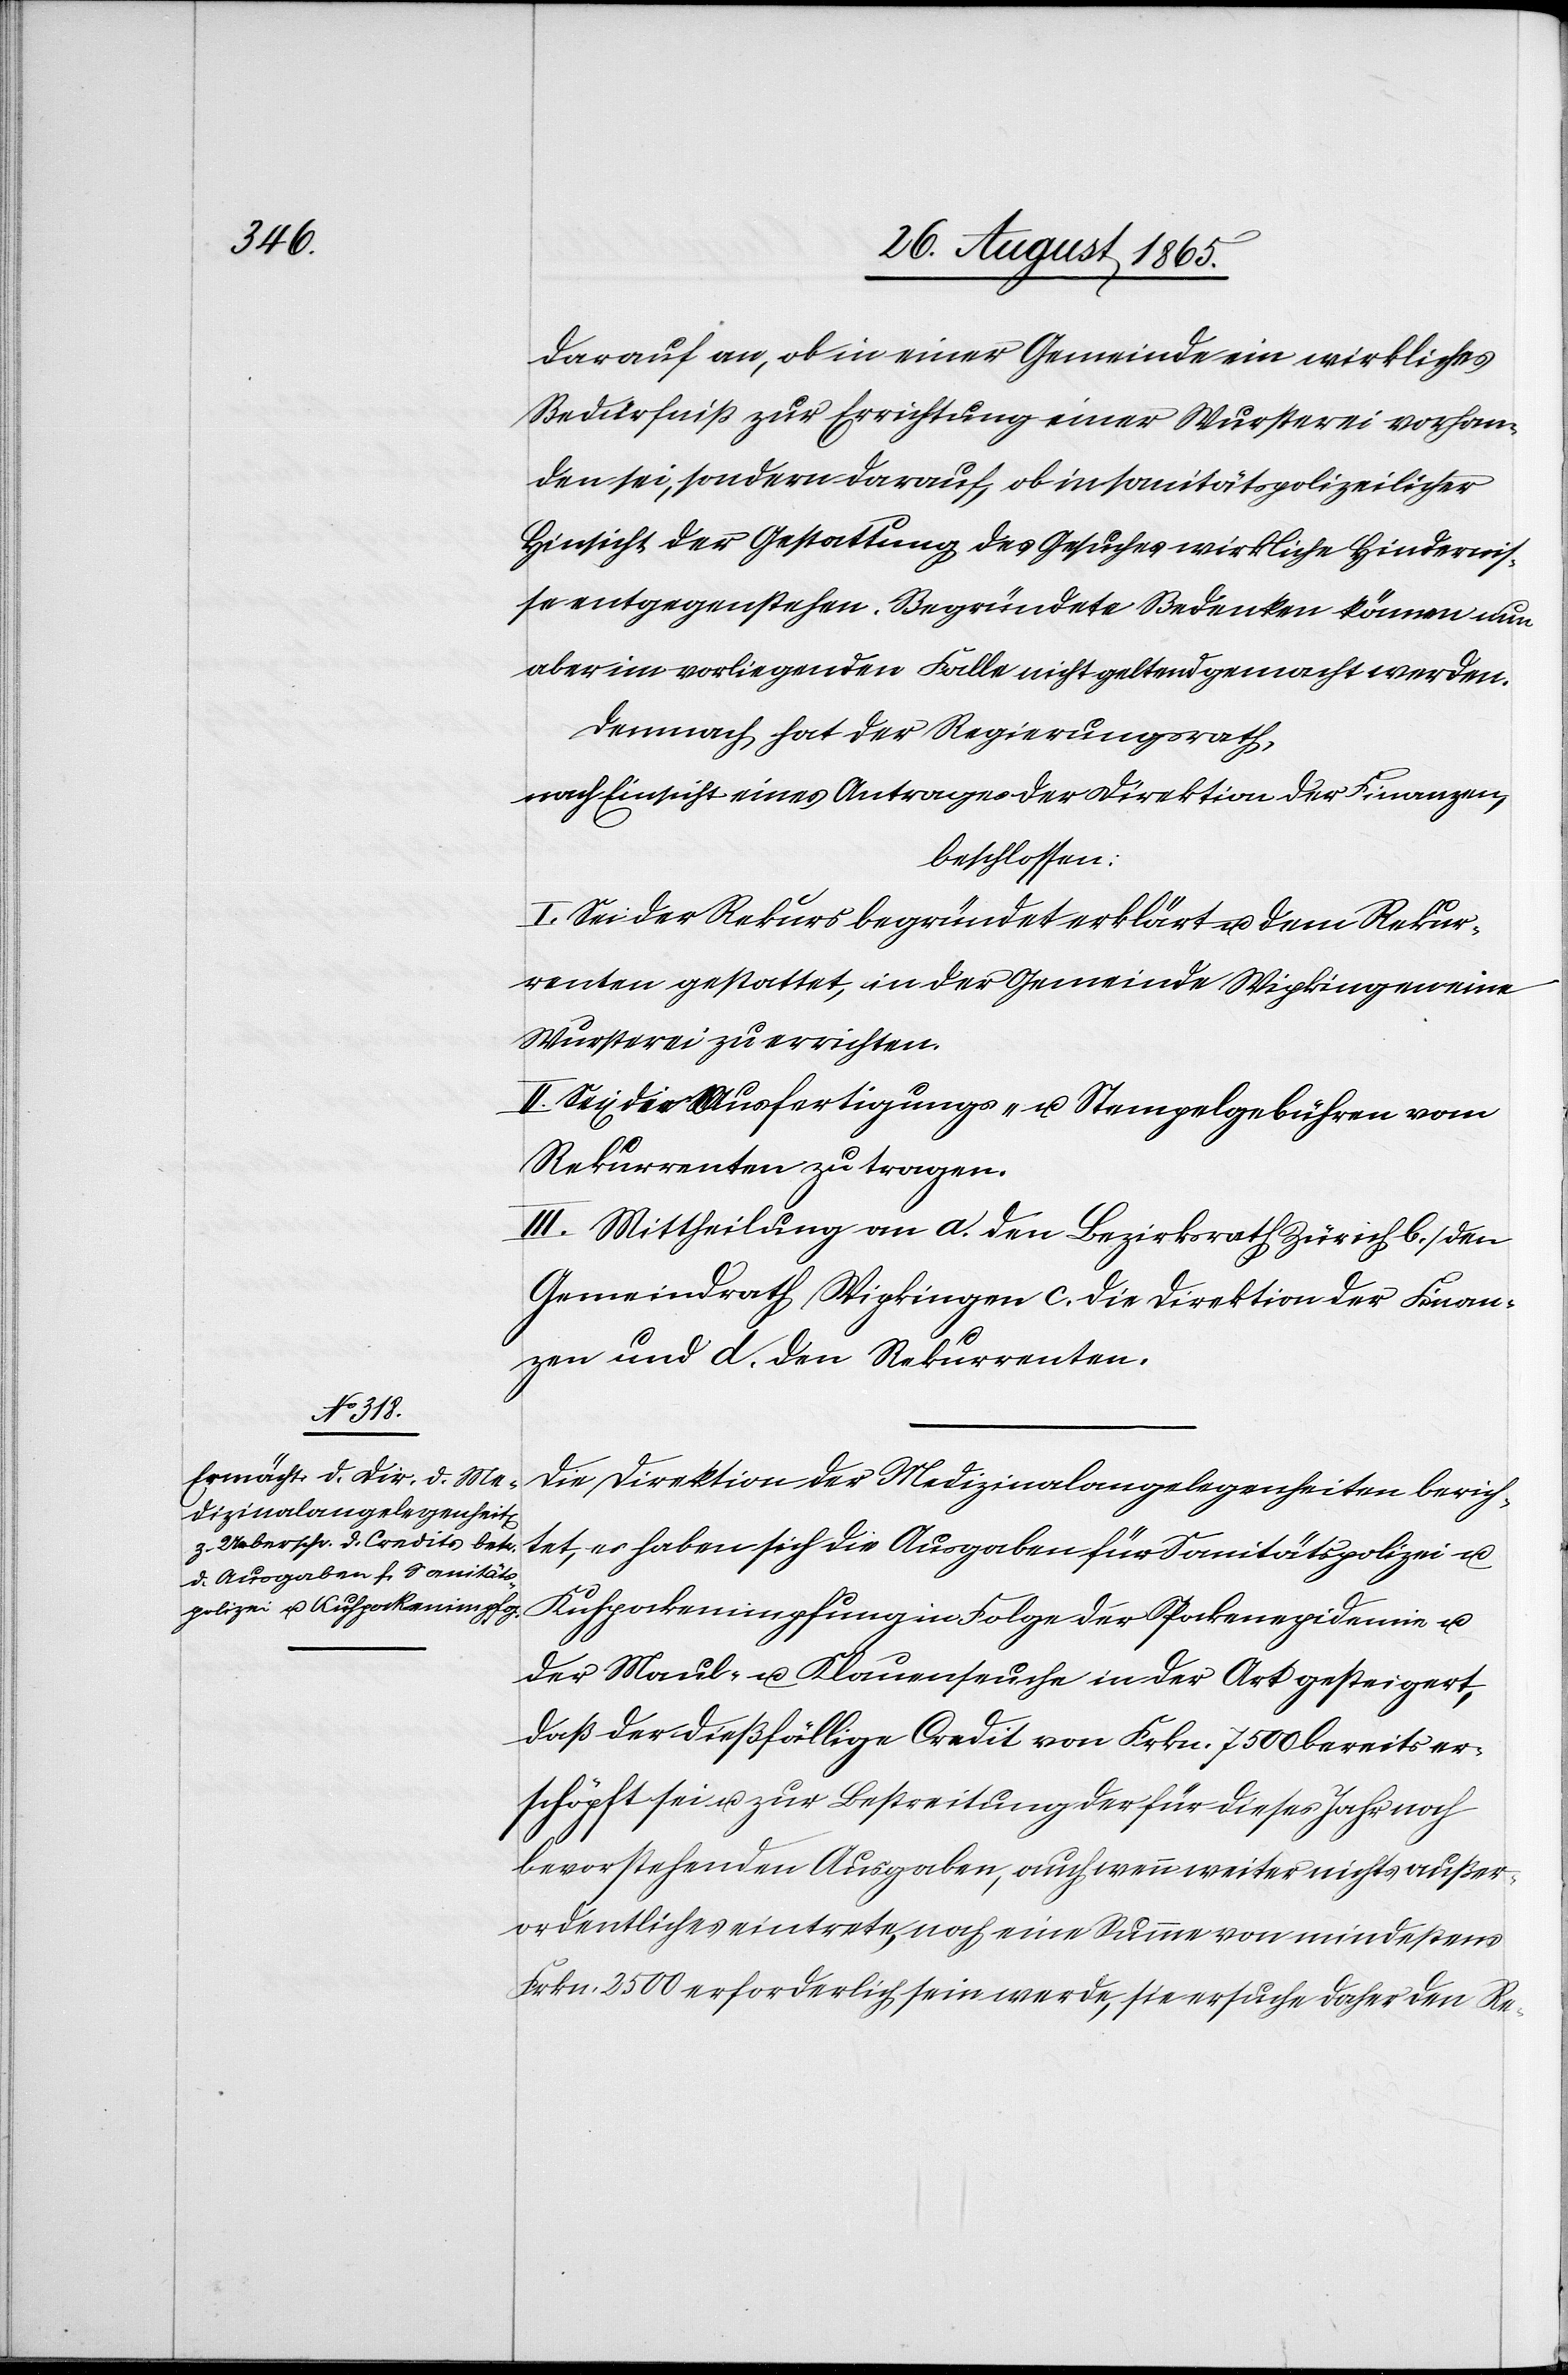
darauf an, ob in einer Gemeinde ein wirkliches
Bedürfniß zur Errichtung einer Wursterei vorhan¬
den sei, sondern darauf, ob in sanitätspolizeilicher
Hinsicht der Gestattung des Gesuches wirkliche Hindernis¬
se entgegenstehen. Begründete Bedenken können nun
aber im vorliegenden Falle nicht geltend gemacht werden.
Demnach hat der Regierungsrath,
nach Einsicht eines Antrages der Direktion der Finanzen,
beschlossen:
I. Sei der Rekurs begründet erklärt u. dem Rekur¬
renten gestattet, in der Gemeinde Wipkingen eine
Wursterei zu errichten.
II. Sei[en] die Ausfertigungs- u. Stempelgebühren vom
Rekurrenten zu tragen.
III. Mittheilung an a. den Bezirksrath Zürich b. den
Gemeindrath Wipkingen c. die Direktion der Finan¬
zen und d. den Rekurrenten.
Die Direktion der Medizinalangelegenheiten berich¬
tet, es haben sich die Ausgabe für Sanitätspolizei u.
Kuhpockenimpfung in Folge der Pockenepidemie u.
der Maul- u. Klauenseuche in der Art gesteigert,
daß der dießfällige Credit von Frkn. 7500 bereits er¬
schöpft sei u. zur Bestreitung der für dieses Jahr noch
bevorstehenden Ausgaben, auch wenn weiter nichts außer¬
ordentliches eintrete, noch eine Summe von mindestens
Frkn. 2500 erforderlich sein werde, sie ersuche daher den Re-